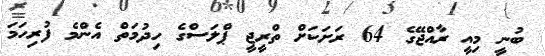
ބުނީ މިއީ ރާއްޖޭގެ 64 ރަށަކަށް ތްރީޖީ ޕްލަސްގެ ހިދުމަތް އެންމެ ފުރިހަމަ